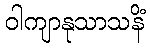
ဝါကျာနုသာသနိံ